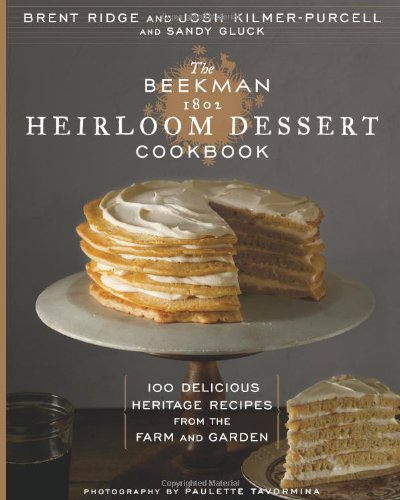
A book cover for The Beekman 1802 Heirloom Dessert Cookbook: 100 Delicious Heritage Recipes from the Farm and Garden; Josh Kilmer-Purcell; Cookbooks, Food & Wine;